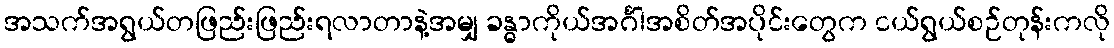
အသက်အရွယ်တဖြည်းဖြည်းရလာတာနဲ့အမျှ ခန္ဓာကိုယ်အင်္ဂါအစိတ်အပိုင်းတွေက ငယ်ရွယ်စဉ်တုန်းကလို